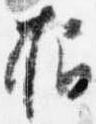
招